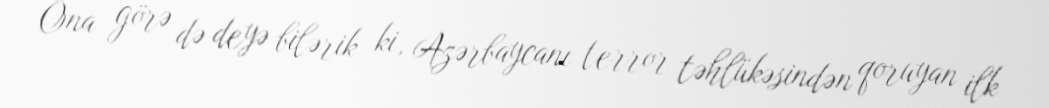
Ona görə də deyə bilərik ki, Azərbaycanı terror təhlükəsindən qoruyan ilk